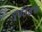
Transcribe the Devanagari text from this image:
पूर्वठंड़क